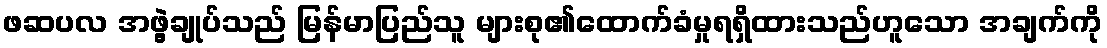
ဖဆပလ အဖွဲ့ချုပ်သည် မြန်မာပြည်သူ များစု၏ထောက်ခံမှုရရှိထားသည်ဟူသော အချက်ကို